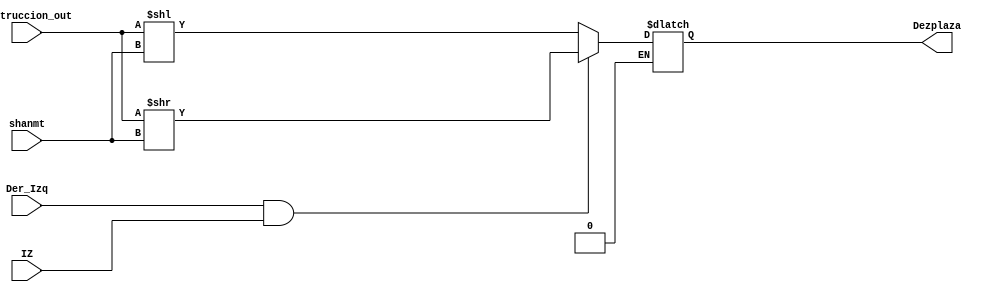
`timescale 1ns / 1ps
//////////////////////////////////////////////////////////////////////////////////
// Company: 
// Engineer: 
// 
// Design Name: 
// Module Name: Desplaza_D
// Project Name: 
// Target Devices: 
// Tool Versions: 
// Description: 
// 
// Dependencies: 
// 
// Revision:
// Revision 0.01 - File Created
// Additional Comments:
// 
//////////////////////////////////////////////////////////////////////////////////


module Desplaza_D(IZ,Instruccion_out,shanmt,Dezplaza,Der_Izq);
input [31:0]Instruccion_out;
input [4:0]shanmt;
input Der_Izq,IZ;
output reg [31:0]Dezplaza;
always @ * 
begin
if ((Der_Izq&&IZ)==1'b1)
Dezplaza=(Instruccion_out>>shanmt);
else
if ((Der_Izq&&IZ)==1'b0)
Dezplaza=(Instruccion_out<<shanmt);
end
endmodule